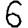
Digit: 6